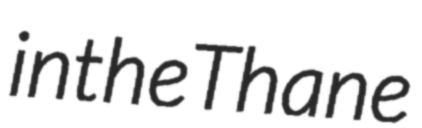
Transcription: in the Thane